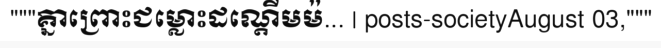
"""គ្នាព្រោះជម្លោះដណ្តើមម៉... | posts-societyAugust 03,"""